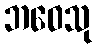
ဘဝေသု